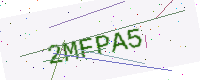
Text: 2MFPA5